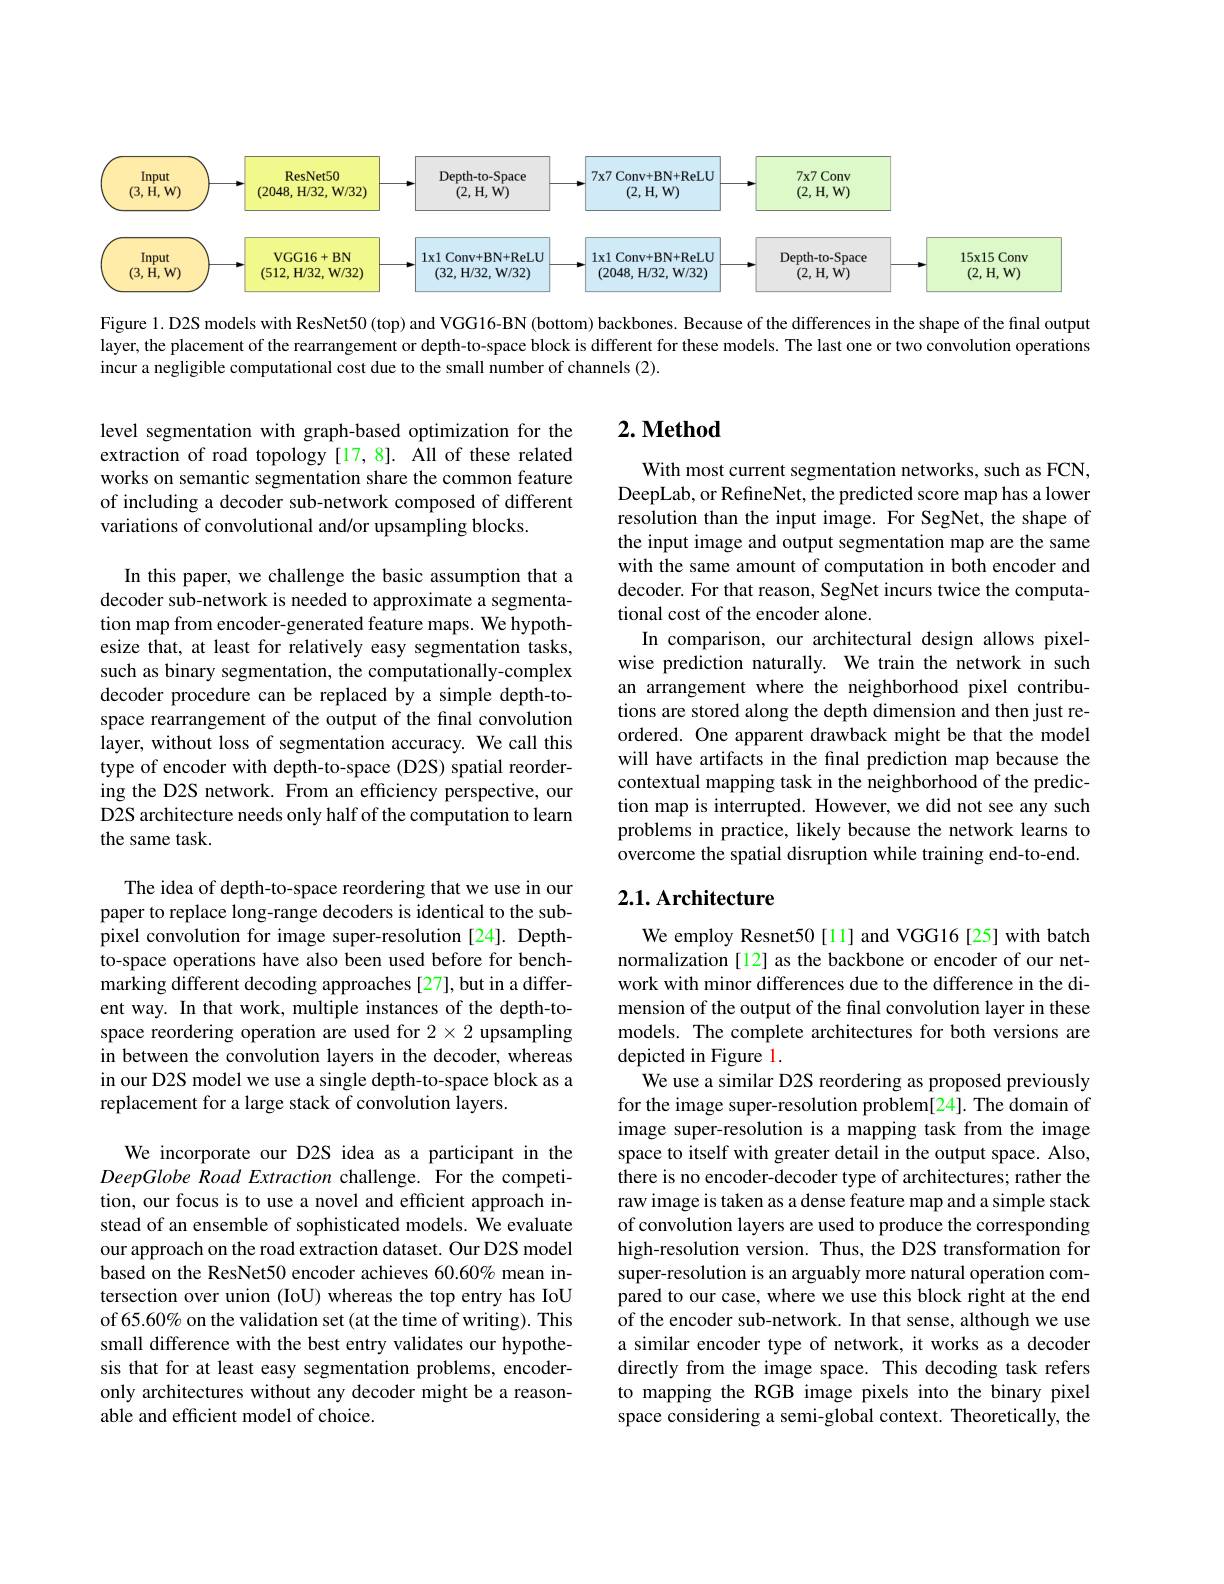
<FigureHere>

Figure 1. D2S models with ResNet50 (top) and VGG16-BN (bottom) backbones. Because of the differences in the shape of the final output layer, the placement of the rearrangement or depth-to-space block is different for these models. The last one or two convolution operations incur a negligible computational cost due to the small number of channels (2).

## $2. \textbf{ Method}$

level segmentation with graph-based optimization for the extraction of road topology[17,8]. All of these related works on semantic segmentation share the common feature of including a decoder sub-network composed of different variations of convolutional and/or upsampling blocks.

With most current segmentation networks, such as FCN, DeepLab, or RefineNet, the predicted score map has a lower resolution than the input image. For SegNet, the shape of the input image and output segmentation map are the same with the same amount of computation in both encoder and decoder. For that reason, SegNet incurs twice the computational cost of the encoder alone.
In comparison, our architectural design allows pixelwise prediction naturally. We train the network in such an arrangement where the neighborhood pixel contributions are stored along the depth dimension and then just reordered. One apparent drawback might be that the model will have artifacts in the final prediction map because the contextual mapping task in the neighborhood of the prediction map is interrupted. However, we did not see any such problems in practice, likely because the network learns to overcome the spatial disruption while training end-to-end.

In this paper, we challenge the basic assumption that a decoder sub-network is needed to approximate a segmentation map from encoder-generated feature maps. We hypothesize that, at least for relatively easy segmentation tasks, such as binary segmentation, the computationally-complex decoder procedure can be replaced by a simple depth-tospace rearrangement of the output of the final convolution layer, without loss of segmentation accuracy. We call this type of encoder with depth-to-space (D2S) spatial reordering the D2S network. From an efficiency perspective, our D2S architecture needs only half of the computation to learn the same task.

## 2.1. Architecture

The idea of depth-to-space reordering that we use in our paper to replace long-range decoders is identical to the subpixel convolution for image super-resolution [24]. Depthto-space operations have also been used before for benchmarking different decoding approaches [27],but in a different way. In that work, multiple instances of the depth-tospace reordering operation are used for $2\times2$ upsampling in between the convolution layers in the decoder, whereas in our D2S model we use a single depth-to-space block as a replacement for a large stack of convolution layers.

We employ Resnet50[11] and VGG16[25] with batch normalization [12] as the backbone or encoder of our network with minor differences due to the difference in the dimension of the output of the final convolution layer in these models. The complete architectures for both versions are depicted in Figure 1
We use a similar D2S reordering as proposed previously for the image super-resolution problem[24]. The domain of image super-resolution is a mapping task from the image space to itself with greater detail in the output space. Also, there is no encoder-decoder type of architectures; rather the raw image is taken as a dense feature map and a simple stack of convolution layers are used to produce the corresponding high-resolution version. Thus, the D2S transformation for super-resolution is an arguably more natural operation compared to our case, where we use this block right at the end of the encoder sub-network. In that sense, although we use a similar encoder type of network, it works as a decoder directly from the image space. This decoding task refers to mapping the RGB image pixels into the binary pixel space considering a semi-global context. Theoretically, the

We incorporate our D2S idea as a participant in the DeepGlobe Road Extraction challenge. For the competition, our focus is to use a novel and efficient approach instead of an ensemble of sophisticated models. We evaluate our approach on the road extraction dataset. Our D2S model based on the ResNet50 encoder achieves 60.60% mean intersection over union (IoU) whereas the top entry has IoU of 65.60% on the validation set (at the time of writing). This small difference with the best entry validates our hypothesis that for at least easy segmentation problems, encoderonly architectures without any decoder might be a reasonable and efficient model of choice.